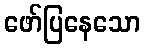
ဖော်ပြနေသော